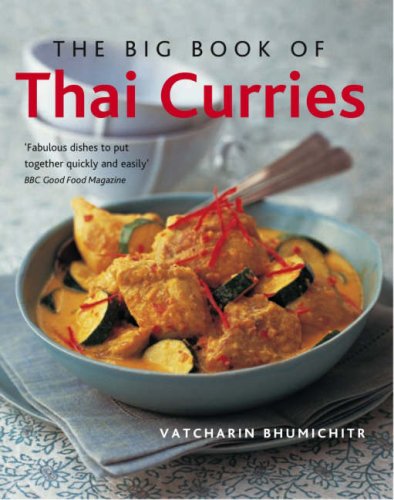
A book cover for The Big Book of Thai Curries; Vatcharin Bhumichitr; Cookbooks, Food & Wine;